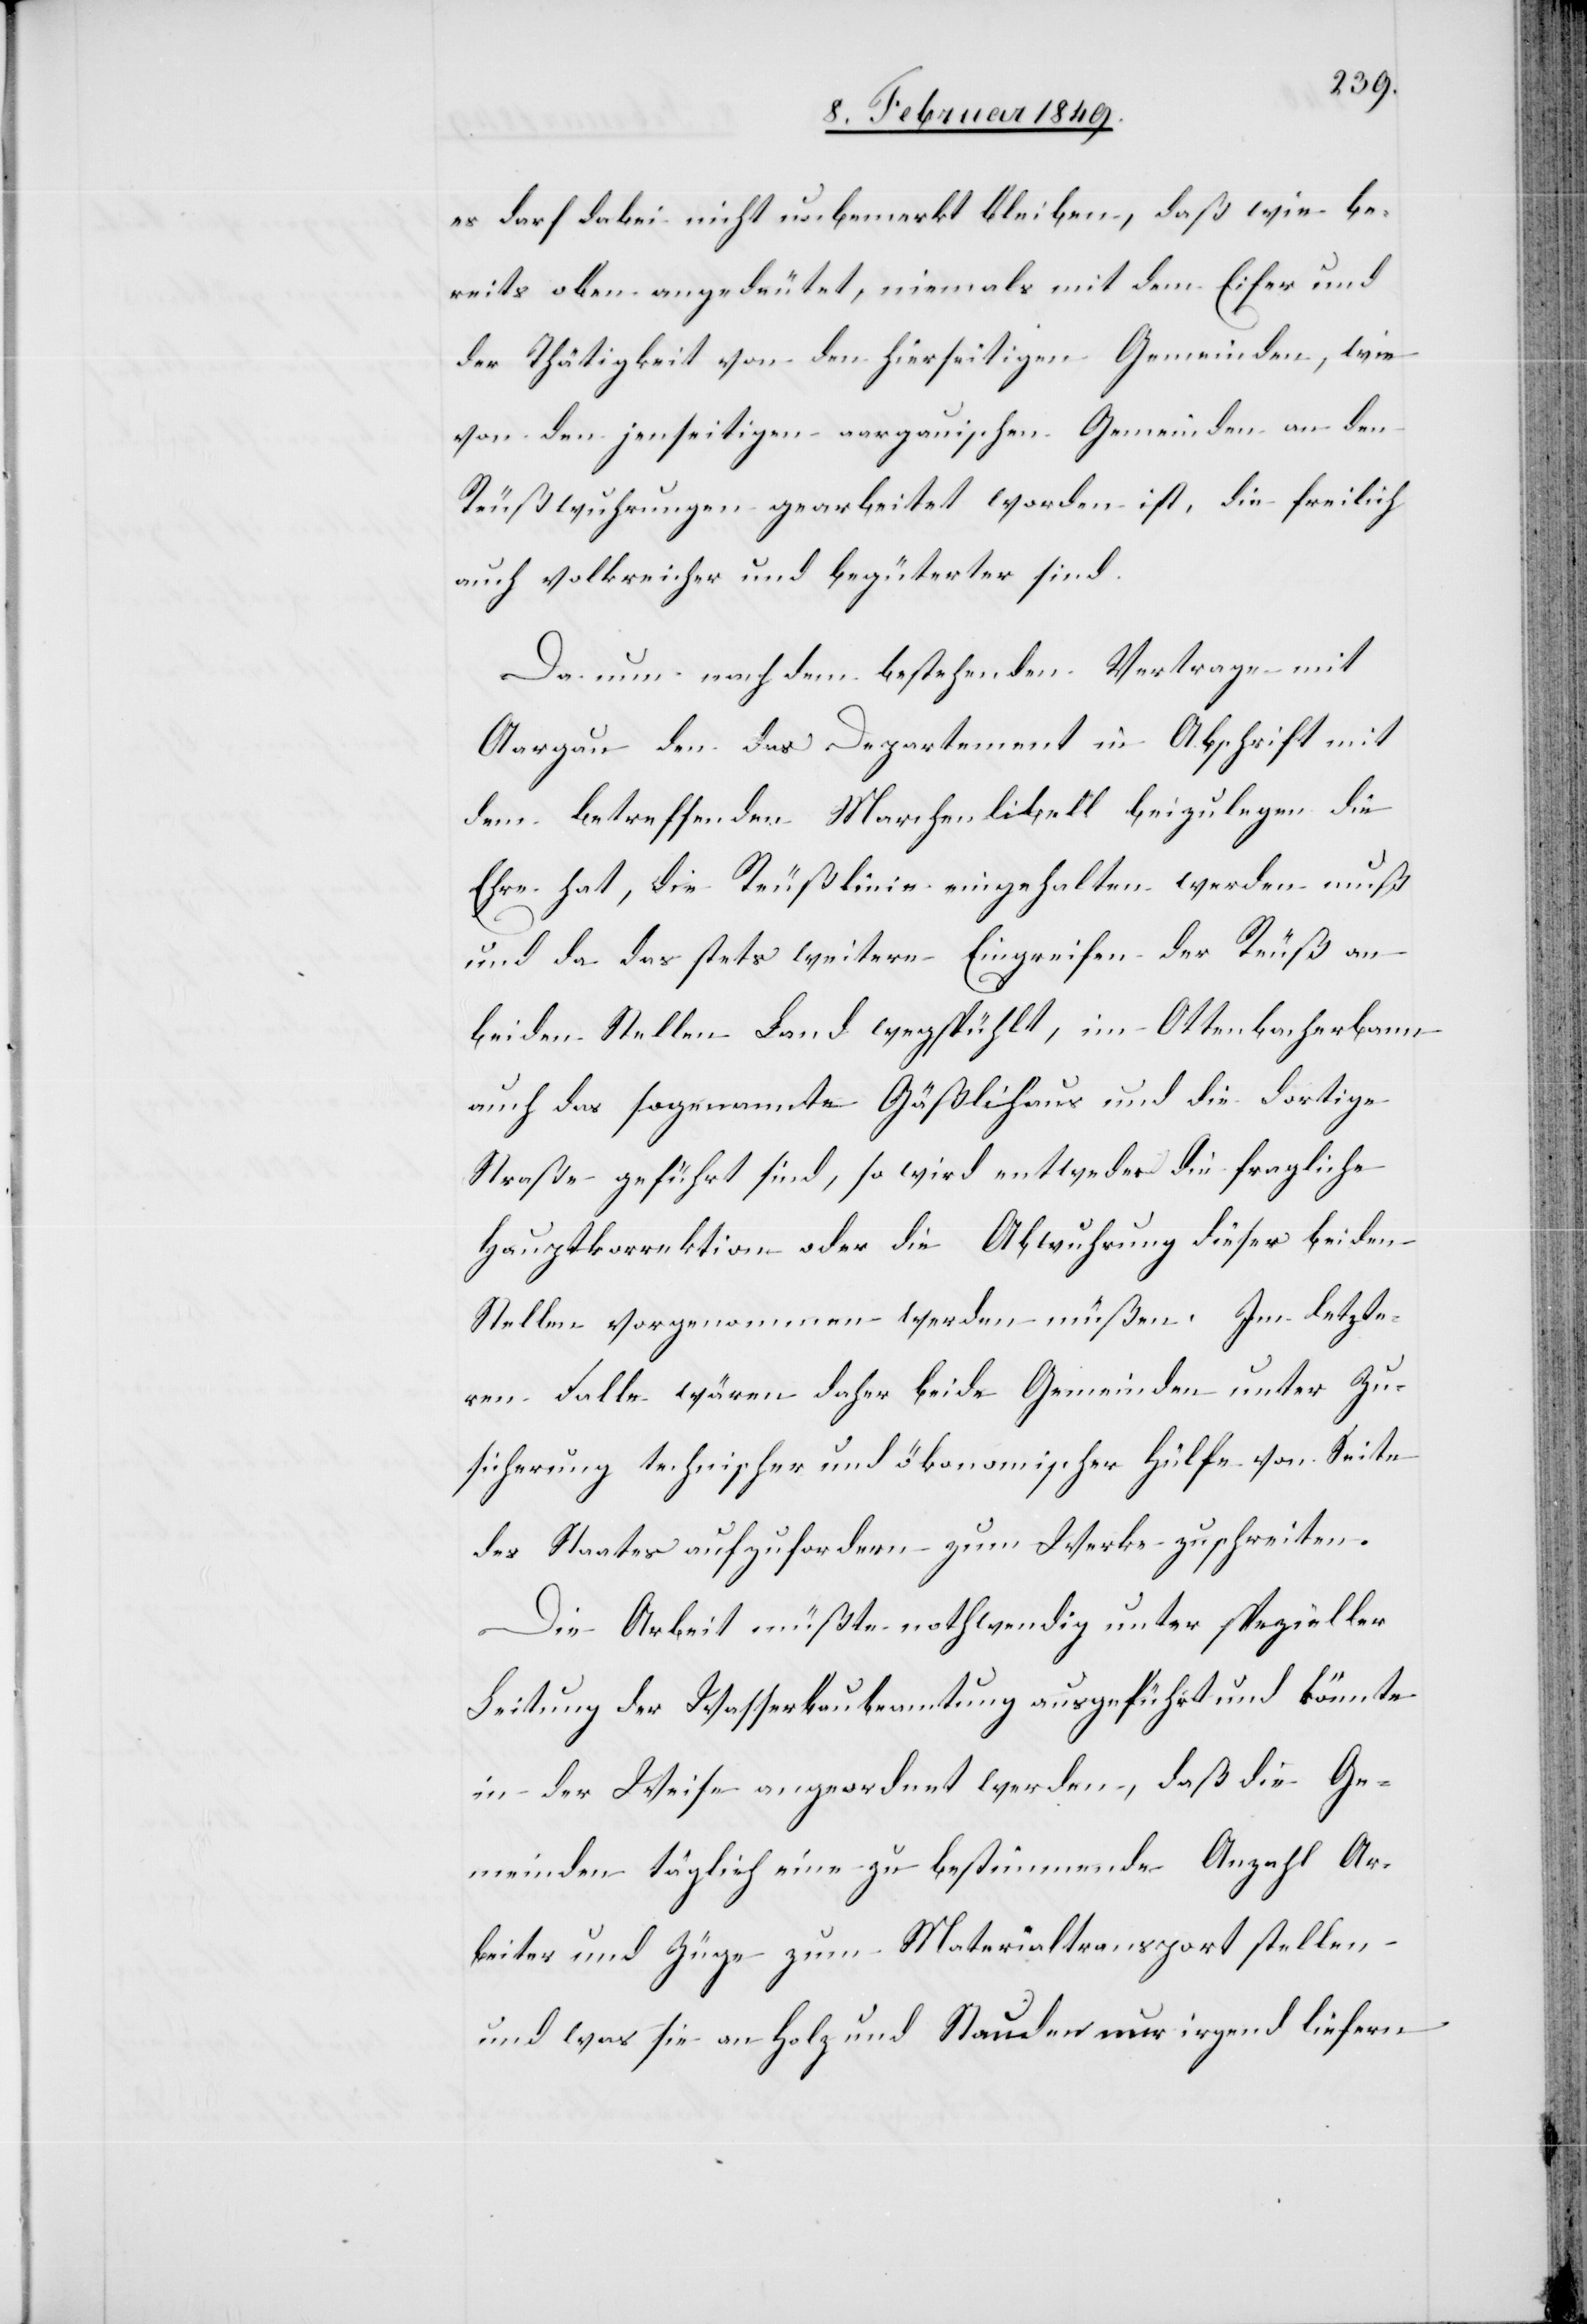
es darf dabei nicht unbemerkt bleiben, daß wie be¬
reits oben angedeutet, niemals mit dem Eifer und
der Thätigkeit von den hierseitigen Gemeinden, wie
von den jenseitigen aargauischen Gemeinden an den
Reußwuhrungen gearbeitet worden ist, die freilich
auch volksreicher und begüterter sind.
Da nun nach dem bestehenden Vertrage mit
Aargau den das Departement in Abschrift mit
dem betreffenden Marchenlibell beizulegen die
Ehre hat, die Reußlinie eingehalten werden muß
und da das stets weitere Eingreifen der Reuß an
beiden Stellen Land wegspühlt, im Ottenbacherbann
auch das sogenannte Gäßlihaus und die dortige
Straße geführt sind, so wird entweder die fragliche
Hauptkorrektion oder die Abwuhrung dieser beiden
Stellen vorgenommen werden müßen. Im letzte¬
ren Falle wären daher beide Gemeinden unter Zu¬
sicherung technischer und ökonomischer Hülfe von Seite
des Staates aufzufordern zum Werke zu schreiten.
Die Arbeit müßte nothwendig unter spezieller
Leitung der Wasserbaubeamtung ausgeführt werden,
meinden täglich eine zu bestimmende Anzahl Ar¬
beiter und Züge zum Materialtransport stellen
und was sie an Holz und Stauden nur irgend liefern

die Ge¬